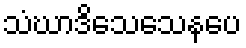
သံဃာဒိသေသေနပေ